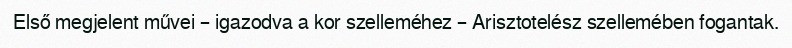
Első megjelent művei – igazodva a kor szelleméhez – Arisztotelész szellemében fogantak.